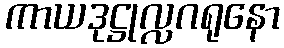
ကာယဒုဋ္ဌုလ္လဂရုနော